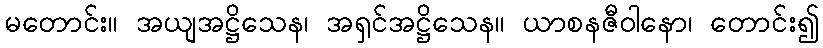
မတောင်း။ အယျအဋ္ဌိသေန၊ အရှင်အဋ္ဌိသေန။ ယာစနဇီဝါနော၊ တောင်း၍